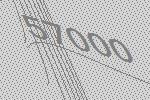
57000